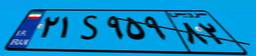
۵۹S۵۱۳۰۱